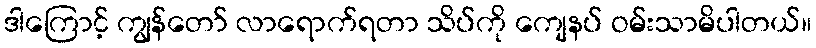
ဒါကြောင့် ကျွန်တော် လာရောက်ရတာ သိပ်ကို ကျေနပ် ဝမ်းသာမိပါတယ်။